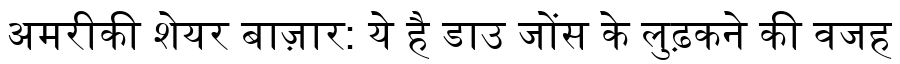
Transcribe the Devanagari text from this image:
अमरीकी शेयर बाज़ार: ये है डाउ जोंस के लुढ़कने की वजह